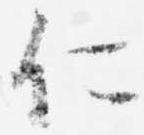
仁